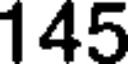
145